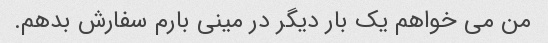
من می خواهم یک بار دیگر در مینی بارم سفارش بدهم.